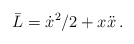
\begin{align*}\bar{L}=\dot{x}^{2}/2+x\ddot{x}\,. \end{align*}